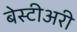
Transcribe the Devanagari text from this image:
बेस्टीअरी